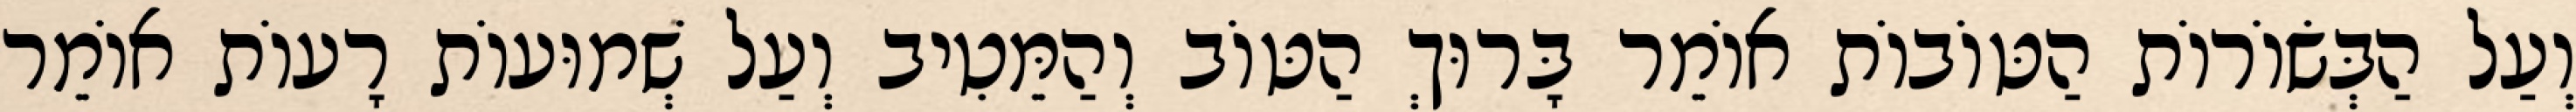
וְעַל הַבְּשׂוֹרוֹת הַטּוֹבוֹת אוֹמֵר בָּרוּךְ הַטּוֹב וְהַמֵּטִיב וְעַל שְׁמוּעוֹת רָעוֹת אוֹמֵר